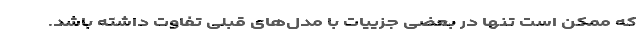
که ممکن است تنها در بعضی جزییات با مدل‌های قبلی تفاوت داشته باشد.